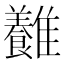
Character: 𩁥